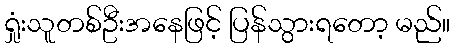
ရှုံးသူတစ်ဦးအနေဖြင့် ပြန်သွားရတော့ မည်။